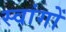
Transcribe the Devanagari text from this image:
स्वांगों